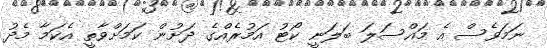
ނަމަވެސް އެ މައްސަލަ ބަލަނީ ކޯޓު އަމުރެއްގެ ދަށުން ކަމަށްވާތީ އެކަމާ މެދު